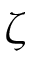
\zeta